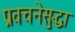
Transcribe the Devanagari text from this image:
प्रवचनेसुद्धा